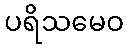
ပရိသမေဝ